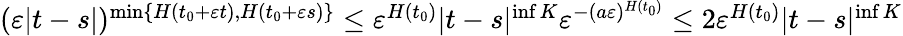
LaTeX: \begin{array}{r}{(\varepsilon|t-s|)^{\operatorname*{min}\{ H(t_{0}+\varepsilon t),H(t_{0}+\varepsilon s)\} }\leq\varepsilon^{H(t_{0})}|t-s|^{\operatorname*{inf}K}\varepsilon^{-(a\varepsilon)^{H(t_{0})}}\leq 2\varepsilon^{H(t_{0})}|t-s|^{\operatorname*{inf}K}}\end{array}